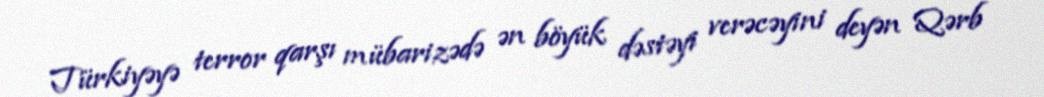
Türkiyəyə terror qarşı mübarizədə ən böyük dəstəyi verəcəyini deyən Qərb